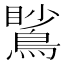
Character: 𪃧